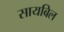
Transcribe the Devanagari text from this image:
सायबिल